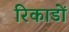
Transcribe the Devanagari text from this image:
रिकाडों